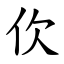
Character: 㐸